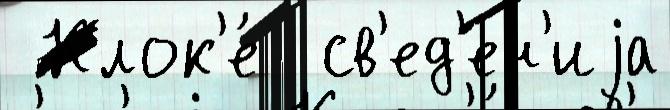
 Клок'е́  св'ед'ен'иjа